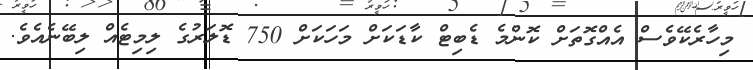
މިހާރެކޭވެސް އެއްގޮތަށް ކޮންމެ ޑެބިޓް ކާޑަކަށް މަހަކަށް 750 ޑޮލަރުގެ ލިމިޓެއް ލިބޭނެއެވެ.